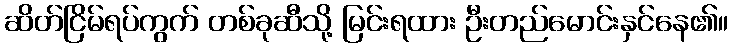
ဆိတ်ငြိမ်ရပ်ကွက် တစ်ခုဆီသို့ မြင်းရထား ဦးတည်မောင်းနှင်နေ၏။